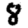
Digit: 8